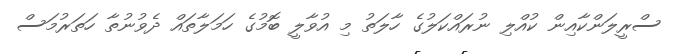
ސްރީލަންކާއިން ކުއްލި ނުރައްކަލުގެ ހާލަތު މި އުވާލީ ބޮމުގެ ހަމަލާތައް ދެވުނުތާ ހަތަރުމަސް